Treatise on elephants
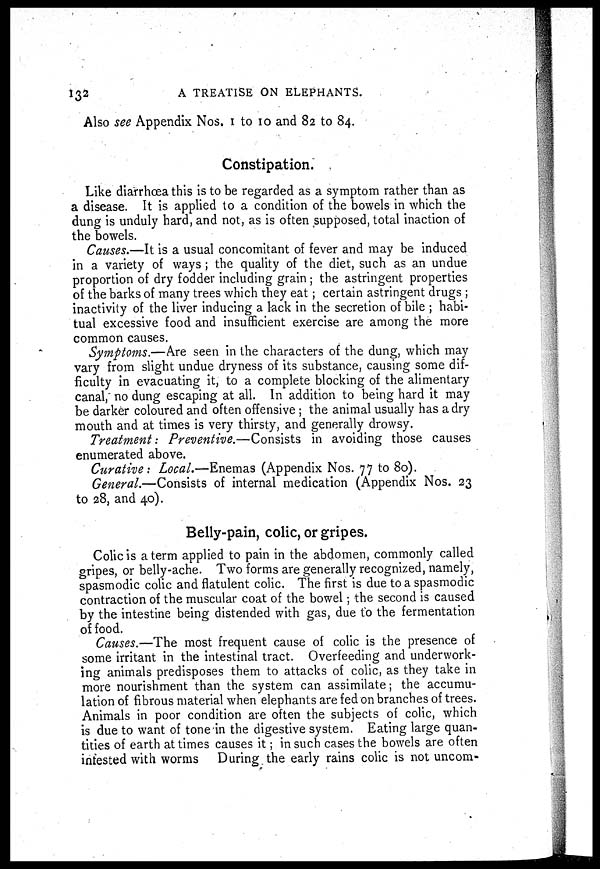
132
A TREATISE ON ELEPHANTS.
Also see Appendix Nos. 1 to 10 and 82 to 84.
Constipation.
Like diarrhoea this is to be regarded as a symptom rather than as
a disease. It is applied to a condition of the bowels in which the
dung is unduly hard, and not, as is often supposed, total inaction of
the bowels.
Causes.—It is a usual concomitant of fever and may be induced
in a variety of ways ; the quality of the diet, such as an undue
proportion of dry fodder including grain ; the astringent properties
of the barks of many trees which they eat ; certain astringent drugs ;
inactivity of the liver inducing a lack in the secretion of bile ; habi-
tual excessive food and insufficient exercise are among the more
common causes.
Symptoms.—Are seen in the characters of the dung, which may
vary from slight undue dryness of its substance, causing some dif-
ficulty in evacuating it, to a complete blocking of the alimentary
canal, no dung escaping at all. In addition to being hard it may
be darker coloured and often offensive ; the animal usually has a dry
mouth and at times is very thirsty, and generally drowsy.
Treatment: Preventive.—Consists in avoiding those causes
enumerated above.
Curative: Local.—Enemas (Appendix Nos. 77 to 80).
General.—Consists of internal medication (Appendix Nos. 23
to 28, and 40).
Belly-pain, colic, or gripes.
Colic is a term applied to pain in the abdomen, commonly called
gripes, or belly-ache. Two forms are generally recognized, namely,
spasmodic colic and flatulent colic. The first is due to a spasmodic
contraction of the muscular coat of the bowel; the second is caused
by the intestine being distended with gas, due to the fermentation
of food.
Causes.—The most frequent cause of colic is the presence of
some irritant in the intestinal tract. Overfeeding and underwork-
ing animals predisposes them to attacks of colic, as they take in
more nourishment than the system can assimilate; the accumu-
lation of fibrous material when elephants are fed on branches of trees.
Animals in poor condition are often the subjects of colic, which
is due to want of tone in the digestive system. Eating large quan-
tities of earth at times causes it; in such cases the bowels are often
infested with worms During the early rains colic is not uncom-